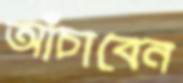
আঁচাবেন